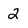
Character: 2